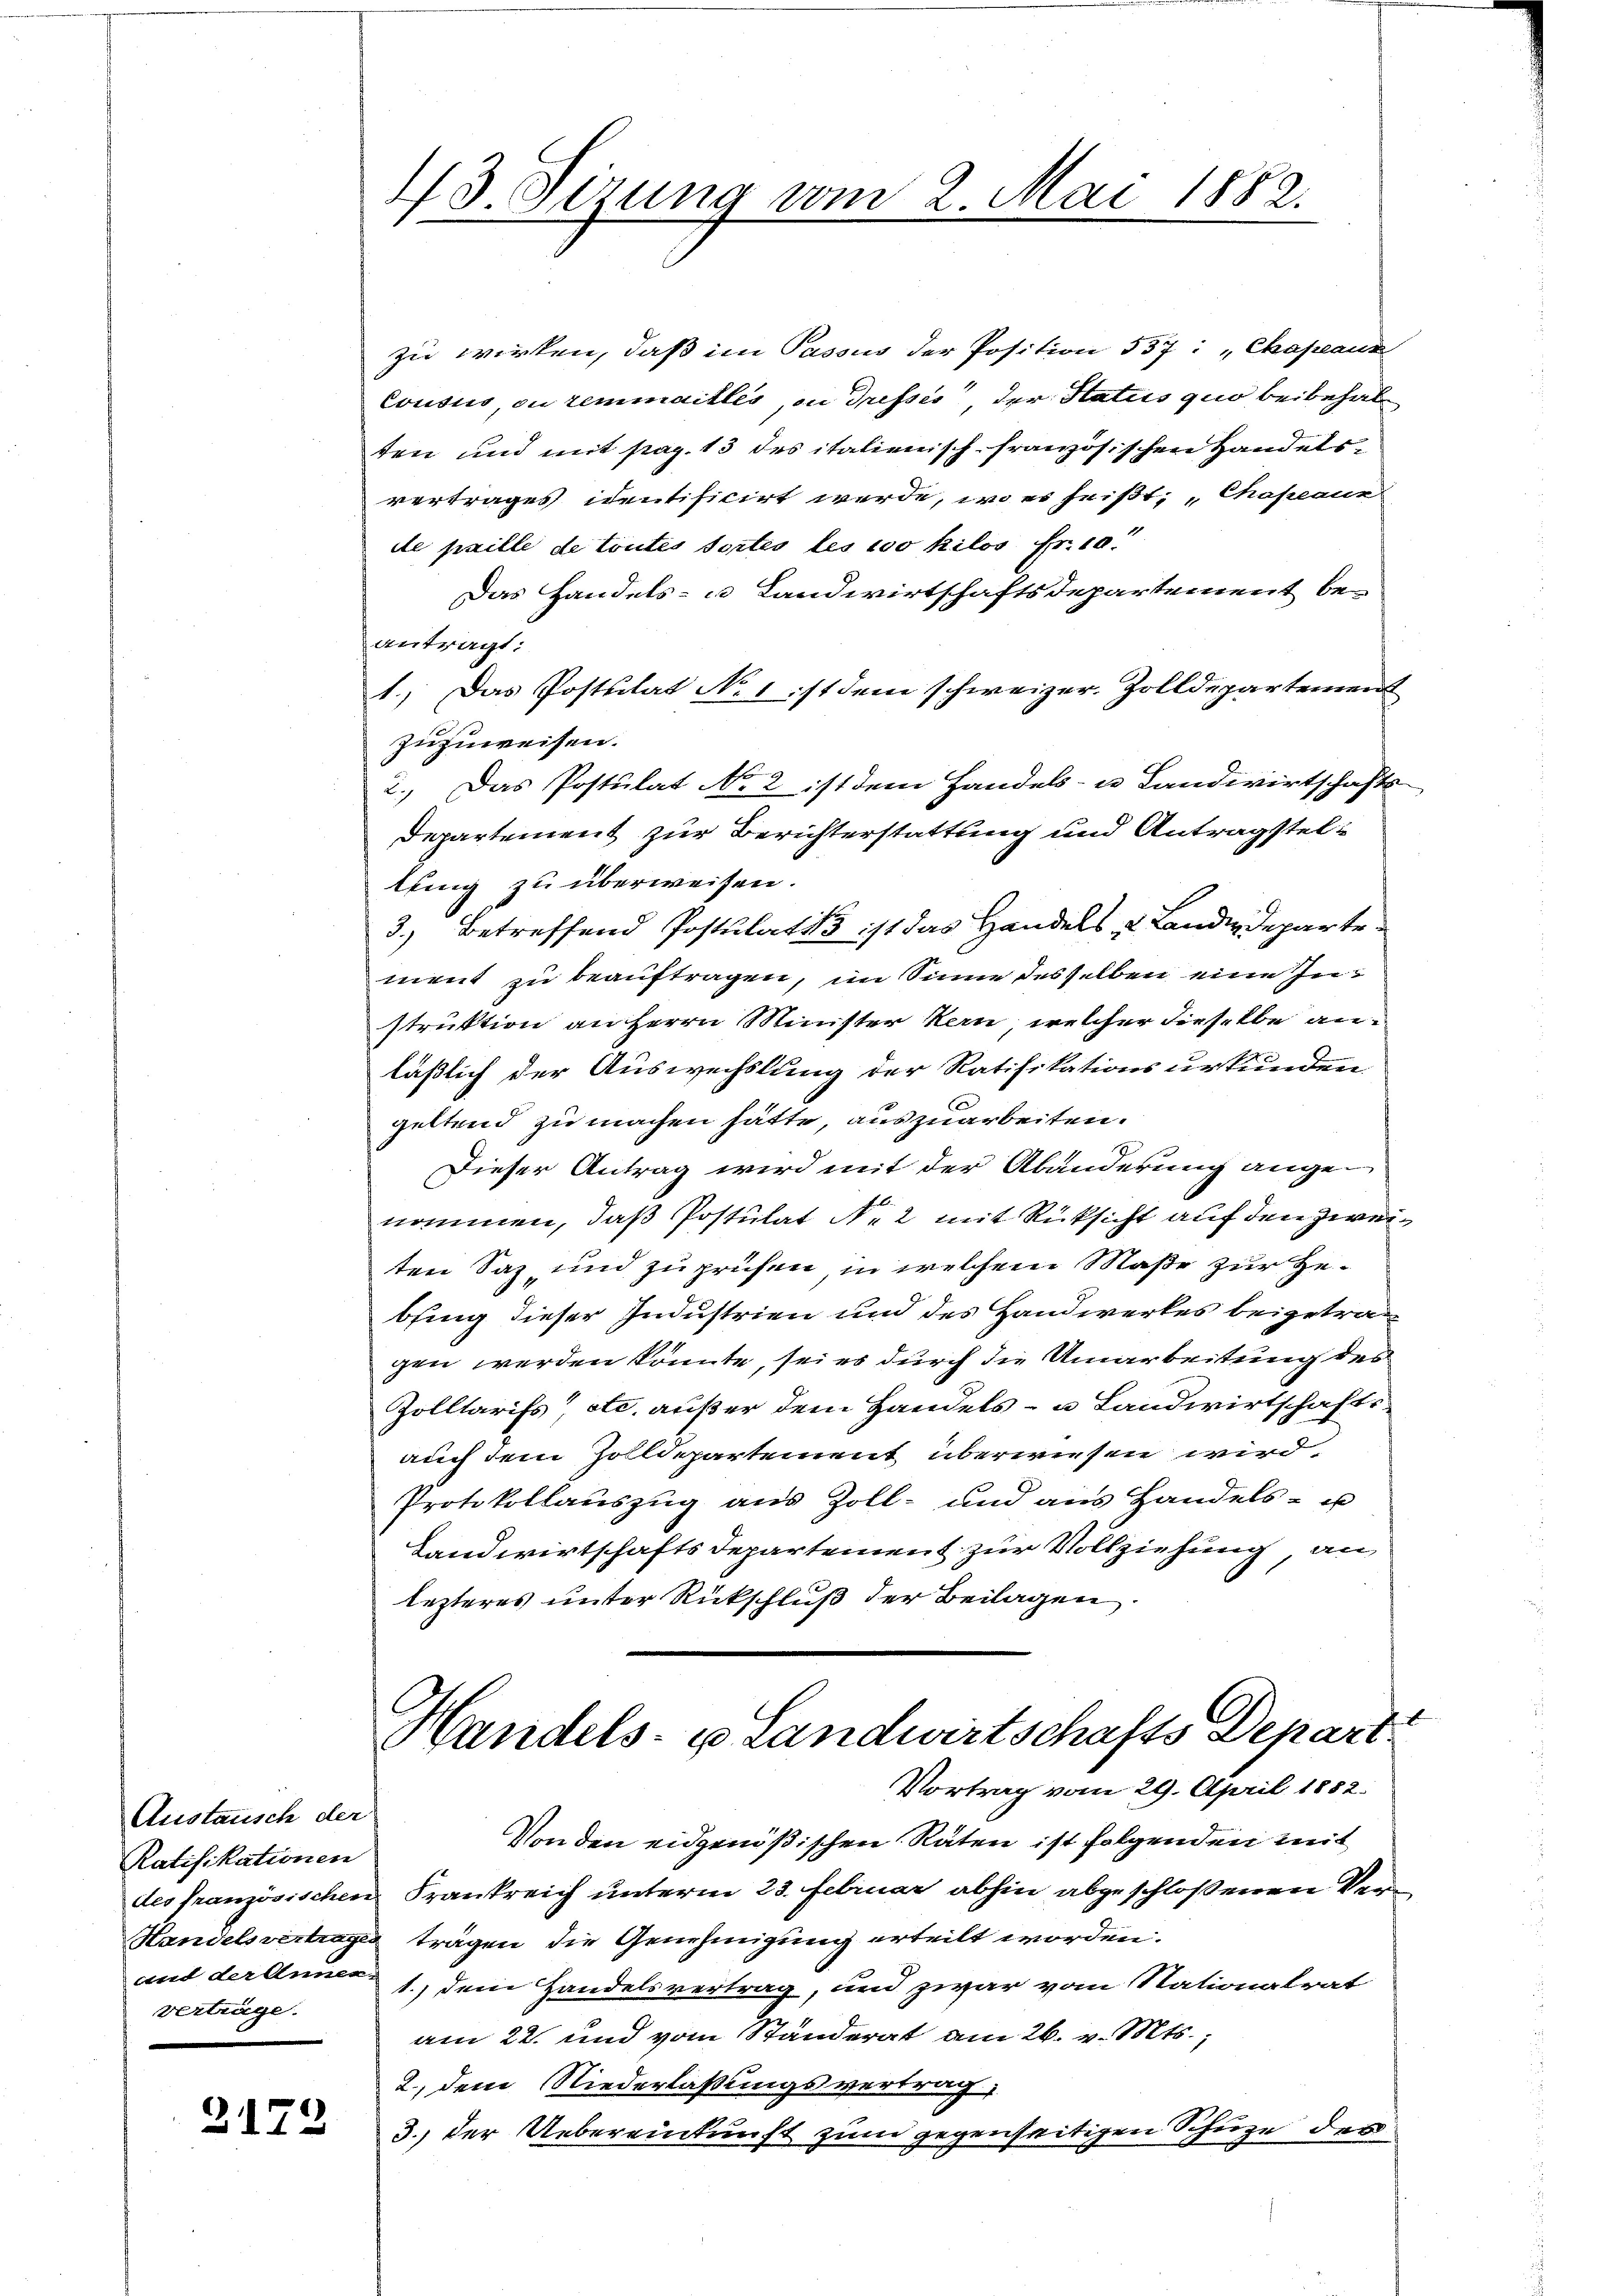
Austausch der
Ratifikationen
Verträge.

3172

13. Sizung vom 2. Mai 1882.

zu wirken, daß im Passus der Position 557: „Chapeaux
Cousus, ou remmailles, in dressés der Status quo beibehalten und mit pag. 13 des italienisch-französischen Handelsvertrages identificirt werde, wo es heißt, „Chapeaun
de paille de toutes sortes les 100 hilos Fr. 10.
Das Handels- u Landwirtschaftsdepartement be-
antragt:
1.) Das Postulat No 1 ist dem schweizer. Zolldepartement
zuzuweisen.
2.) Das Postulat No 2 ist dem Handels- u Landwirtschafts-
Departement zur Berichterstattung und Antragsteltuung zu überweisen.
3.) Betreffend Postulat 15 ist das Handels u. Landideparte
ment zu beauftragen, im Sinne desselben eine Instruktion an Herrn Minister Kern, welcher dieselbe anläßlich der Auswechslung der Ratifikationsurkunden
geltend zu machen hätte, auszuarbeiten.
Dieser Antrag wird mit der Abänderung ange-
nommen, daß Postulat Ne 2 mit Rücksicht auf den zweiten Saz und zu prüfen, in welchem Maße zur Gebsing dieser Industrien und des Handwerkes beigetragen werden könnte, sei es durch die Umarbeitung des
Zolltarifs“ etc. außer dem Handels- u. Landwirtschafts-
auch dem Zolldepartement überwiesen wird.
Protokollauszug aus Zoll- und aus Handels- u
Landwirtschafts Departement zur Vollziehung an
lezteres unter Rückschluß der Beilagen
Handels- u Landwirtschafts Depart
Vortrag vom 29. April 1882.
Von den eidgenößischen Räten ist folgenden mit
des französischen Frankreich unterm 23. Februar abhin abgeschloßenen Ver¬
Handelsvertrage trägen die Genehmigung erteilt worden.
and der Anm. 1.) dem Handelsvertrag, und zwar vom Nationalrat
am 22. und vom Ständerat am 26. v. Mts.,
2., dem Niederlaßungsvertrag,
3.) der Uebereinkunft zum gegenseitigen Schuze des